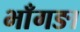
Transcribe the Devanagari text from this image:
भाँगङा